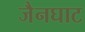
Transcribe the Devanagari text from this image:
जैनघाट